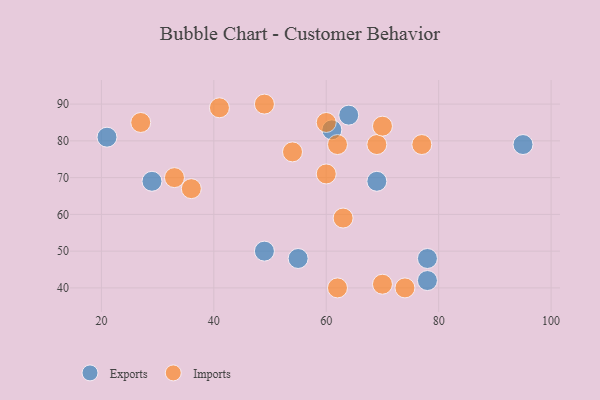
{"axis": {"x": "GDP", "y": "Life Expectancy"}, "legend": ["Exports", "Imports"], "data": [{"x": "29", "y": 69, "type": "Exports"}, {"x": "49", "y": 50, "type": "Exports"}, {"x": "95", "y": 79, "type": "Exports"}, {"x": "21", "y": 81, "type": "Exports"}, {"x": "64", "y": 87, "type": "Exports"}, {"x": "69", "y": 69, "type": "Exports"}, {"x": "78", "y": 48, "type": "Exports"}, {"x": "61", "y": 83, "type": "Exports"}, {"x": "55", "y": 48, "type": "Exports"}, {"x": "78", "y": 42, "type": "Exports"}, {"x": "27", "y": 85, "type": "Imports"}, {"x": "62", "y": 79, "type": "Imports"}, {"x": "60", "y": 71, "type": "Imports"}, {"x": "69", "y": 79, "type": "Imports"}, {"x": "63", "y": 59, "type": "Imports"}, {"x": "41", "y": 89, "type": "Imports"}, {"x": "62", "y": 40, "type": "Imports"}, {"x": "70", "y": 41, "type": "Imports"}, {"x": "74", "y": 40, "type": "Imports"}, {"x": "49", "y": 90, "type": "Imports"}, {"x": "60", "y": 85, "type": "Imports"}, {"x": "54", "y": 77, "type": "Imports"}, {"x": "70", "y": 84, "type": "Imports"}, {"x": "36", "y": 67, "type": "Imports"}, {"x": "33", "y": 70, "type": "Imports"}, {"x": "77", "y": 79, "type": "Imports"}]}